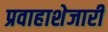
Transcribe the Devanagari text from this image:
प्रवाहाशेजारी